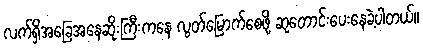
လက်ရှိအခြေအနေဆိုးကြီးကနေ လွတ်မြောက်စေဖို့ ဆုတောင်းပေးနေခဲ့ပါတယ်။